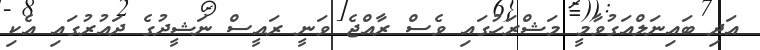
އަދި ބައިނަލްއަގުވާމީ މަޝްރަހުގައި ވެސް ރާއްޖެ ވަނީ ރައީސް ނަޝީދުގެ ދައުރުގައި އެކި